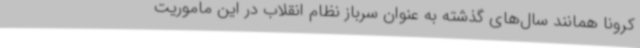
کرونا همانند سال‌های گذشته به عنوان سرباز نظام انقلاب در این ماموریت